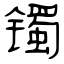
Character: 镯